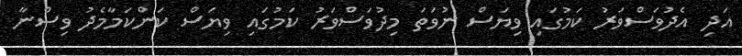
އަދި އެދުވަސްވަރު ކަމުގައި ވިޔަސް ނުވަތަ މިދުވަސްވަރު ކަމުގައި ވިޔަސް ކަންކަމާމެދު ވިސްނާ